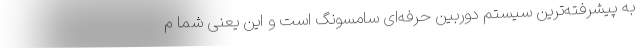
به پیشرفته‌ترین سیستم دوربین حرفه‌ای سامسونگ است و این یعنی شما م